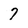
Character: 7